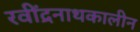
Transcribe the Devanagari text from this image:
रवींद्रनाथकालीन